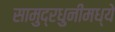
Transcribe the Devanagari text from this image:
सामुद्रधुनीमध्ये